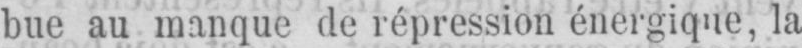
bue au manque de répression énergique, la